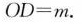
OD=m.